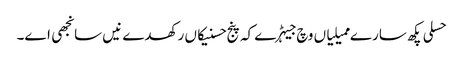
حسلی پکھ سارے ممیلیاں وچ جیہڑے کہ پنج حسنیکاں رکھدے نیں سانجھی اے۔